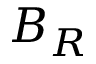
B _ { R }